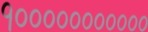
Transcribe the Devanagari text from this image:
१०००००००००००